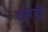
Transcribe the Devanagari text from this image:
थोरही